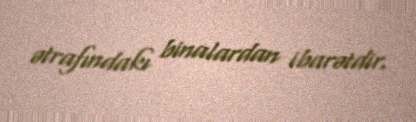
ətrafındakı binalardan ibarətdir.